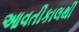
આવતીકાલથી